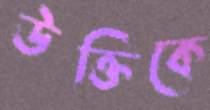
উক্তিকে